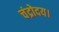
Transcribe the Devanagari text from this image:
चंद्रोदय।